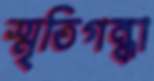
স্মৃতিগন্ধা